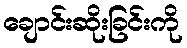
ချောင်းဆိုးခြင်းကို